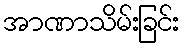
အာဏာသိမ်းခြင်း